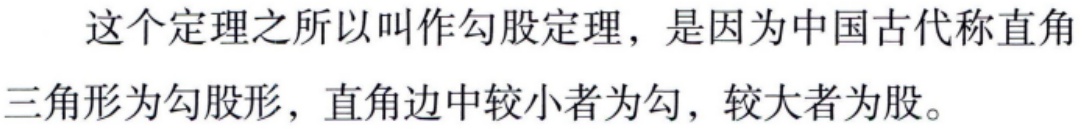
这个定理之所以叫作勾股定理，是因为中国古代称直角三角形为勾股形，直角边中较小者为勾，较大者为股。